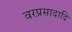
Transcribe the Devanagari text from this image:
वरप्रसादादि